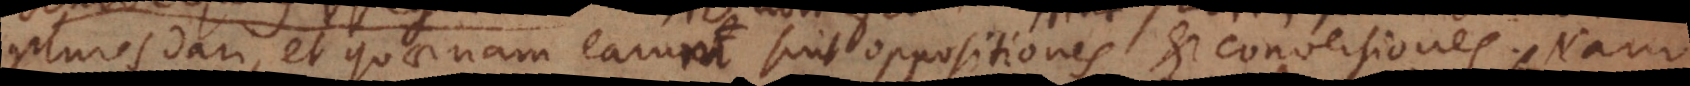
plures dari, et quaenam earum sint oppositiones et conversiones. Nam